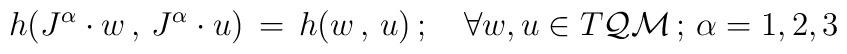
h(J^\alpha\cdot w\, ,\, J^\alpha\cdot u)\, =\, h(w\, ,\, u)\, ; \quad\forall w,u\in T{\cal QM}\, ;\, \alpha=1,2,3